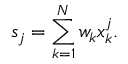
s _ { j } = \sum _ { k = 1 } ^ { N } w _ { k } x _ { k } ^ { j } .